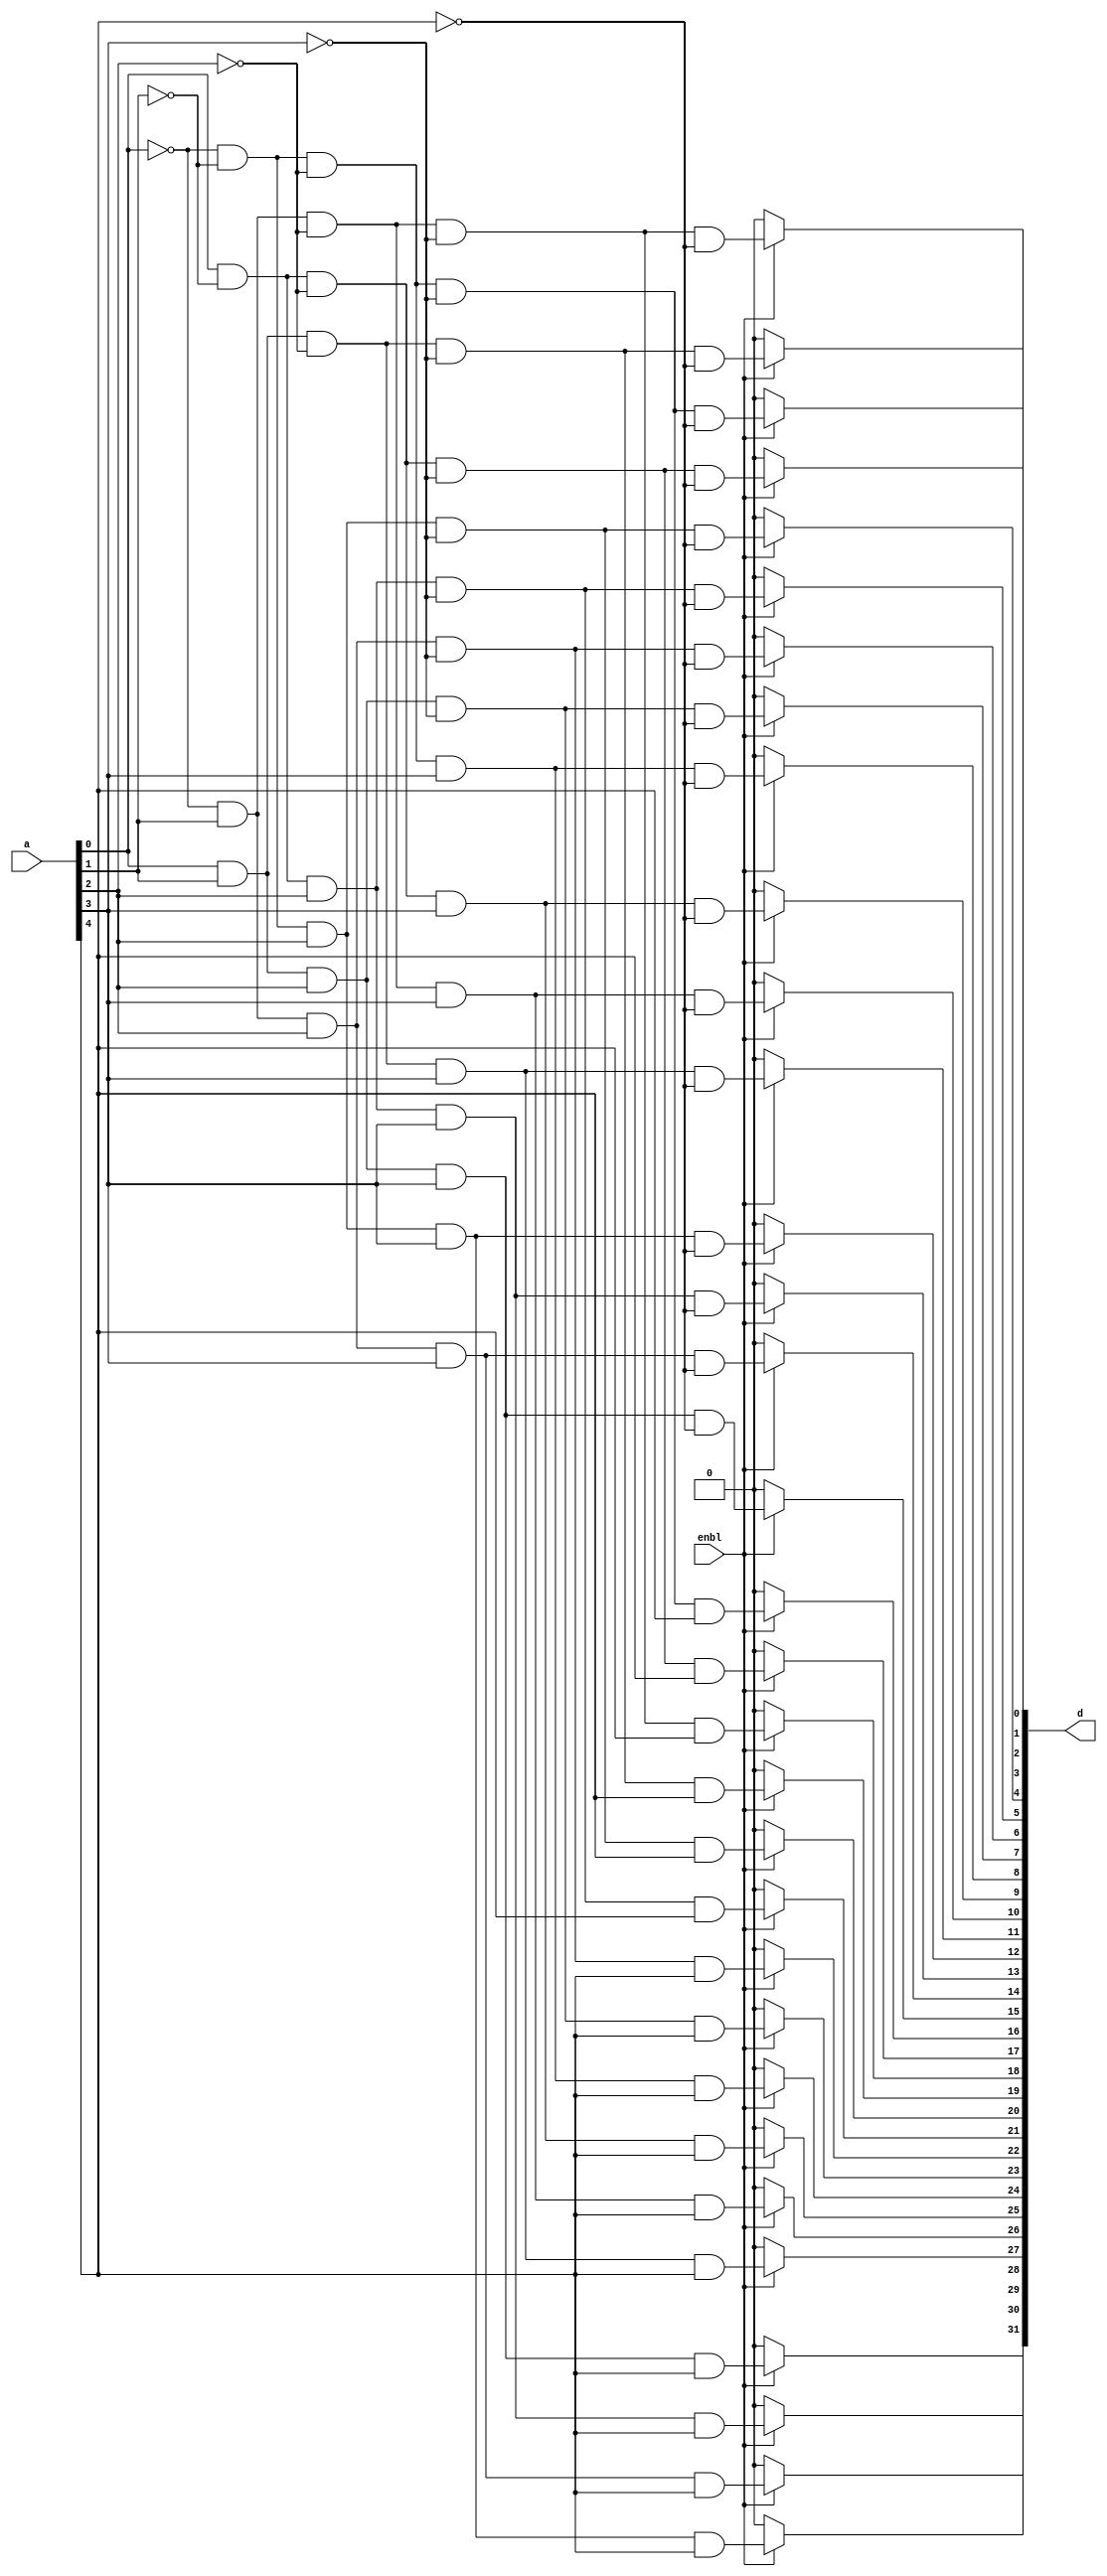
module fivetothree_two_decoder_isd(d,a,enbl);
input [4:0]a;
input enbl;
output reg [31:0]d;
always @(a) 
  begin
    if(enbl==1)
      begin
        d[0] = !a[0] & !a[1] & !a[2] & !a[3] & !a[4];
        d[1] = a[0] & !a[1] & !a[2] & !a[3] & !a[4]; 
        d[2] = !a[0] & a[1] & !a[2] & !a[3] & !a[4];
        d[3] = a[0] & a[1] & !a[2] & !a[3] & !a[4];
        d[4] = !a[0] & !a[1] & a[2] & !a[3] & !a[4];
        d[5] = a[0] & !a[1] & a[2] & !a[3] & !a[4];
        d[6] = !a[0] & a[1] & a[2] & !a[3] & !a[4];
        d[7] = a[0] & a[1] & a[2] & !a[3] & !a[4];
        d[8] = !a[0] & !a[1] & !a[2] & a[3] & !a[4];
        d[9] = a[0] & !a[1] & !a[2] & a[3] & !a[4];
        d[10] = !a[0] & a[1] & !a[2] & a[3] & !a[4];
        d[11] = a[0] & a[1] & !a[2] & a[3] & !a[4]; 
        d[12] = !a[0] & !a[1] & a[2] & a[3] & !a[4];
        d[13] = a[0] & !a[1] & a[2] & a[3] & !a[4];
        d[14] = !a[0] & a[1] & a[2] & a[3] & !a[4];
        d[15] = a[0] & a[1] & a[2] & a[3] & !a[4];
        d[16] = !a[0] & !a[1] & !a[2] & !a[3] & a[4];
        d[17] = a[0] & !a[1] & !a[2] & !a[3] & a[4]; 
        d[18] = !a[0] & a[1] & !a[2] & !a[3] & a[4];
        d[19] = a[0] & a[1] & !a[2] & !a[3] & a[4];
        d[20] = !a[0] & !a[1] & a[2] & !a[3] & a[4];
        d[21] = a[0] & !a[1] & a[2] & !a[3] & a[4];
        d[22] = !a[0] & a[1] & a[2] & !a[3] & a[4];
        d[23] = a[0] & a[1] & a[2] & !a[3] & a[4];
        d[24] = !a[0] & !a[1] & !a[2] & a[3] & a[4];
        d[25] = a[0] & !a[1] & !a[2] & a[3] & a[4];
        d[26] = !a[0] & a[1] & !a[2] & a[3] & a[4];
        d[27] = a[0] & a[1] & !a[2] & a[3] & a[4]; 
        d[28] = !a[0] & !a[1] & a[2] & a[3] & a[4];
        d[29] = a[0] & !a[1] & a[2] & a[3] & a[4];
        d[30] = !a[0] & a[1] & a[2] & a[3] & a[4];
        d[31] = a[0] & a[1] & a[2] & a[3] & a[4];
      end
    else d = 32'b00000000000000000000000000000000;
  end
endmodule